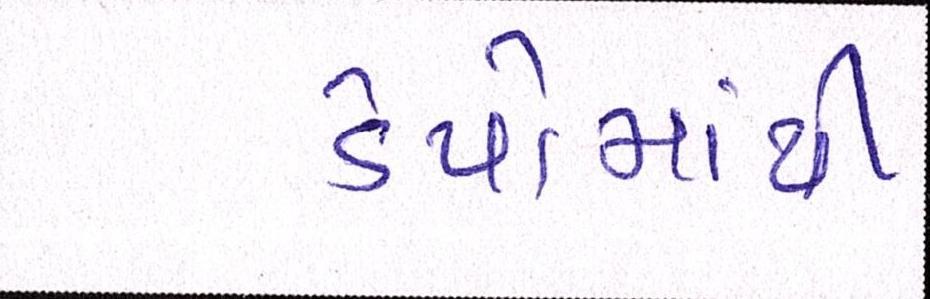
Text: ડેપોમાંથી